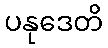
ပနုဒေတိ